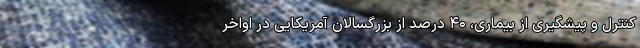
کنترل و پیشگیری از بیماری، ۴۰ درصد از بزرگسالان آمریکایی در اواخر